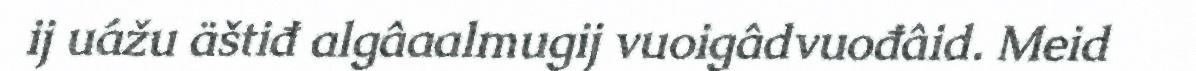
ij uážu äštiđ algâaalmugij vuoigâdvuođâid. Meid